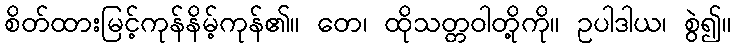
စိတ်ထားမြင့်ကုန်နိမ့်ကုန်၏။ တေ၊ ထိုသတ္တဝါတို့ကို။ ဥပါဒါယ၊ စွဲ၍။